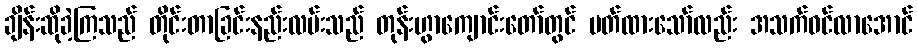
ချိန်းဆိုခဲ့ကြသည် တိုင်းတာခြင်းနည်းလမ်းသည် တုန်းဟွာကျောင်းတော်တွင် ပတ်ထားသော်လည်း အသက်ဝင်လာအောင်